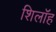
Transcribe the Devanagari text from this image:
शिलॉह